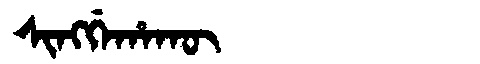
Manchu: ᠰᡳᠩᡤᡝᡥᠠᡴᡡ
Romanization: SINGGEHAKŪ